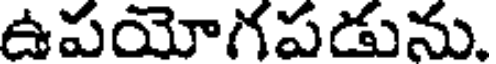
ఉపయోగపడును.